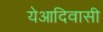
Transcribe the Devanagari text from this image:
येआदिवासी